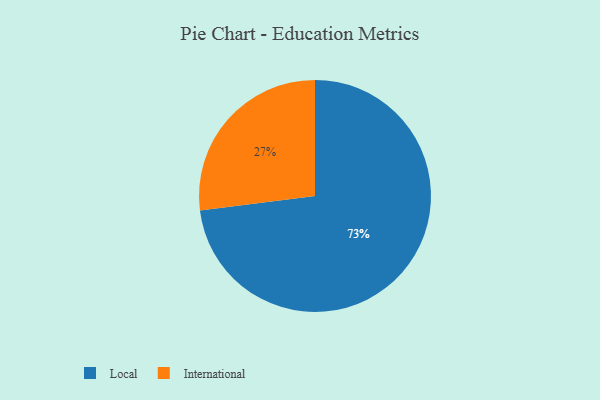
{"axis": {"x": "Category", "y": "Percentage"}, "legend": ["International", "Local"], "data": [{"x": "International", "y": 27, "type": "International"}, {"x": "Local", "y": 73, "type": "Local"}]}